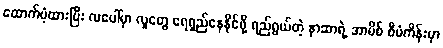
ထောက်ပံ့ထားပြီး လပေါ်မှာ လူတွေ ရေရှည်နေနိုင်ဖို့ ရည်ရွယ်တဲ့ နာဆာရဲ့ အာမိစ် စီမံကိန်းမှာ